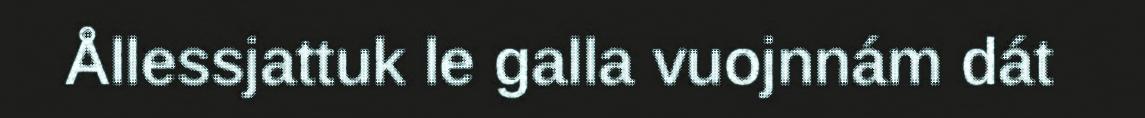
Ållessjattuk le galla vuojnnám dát